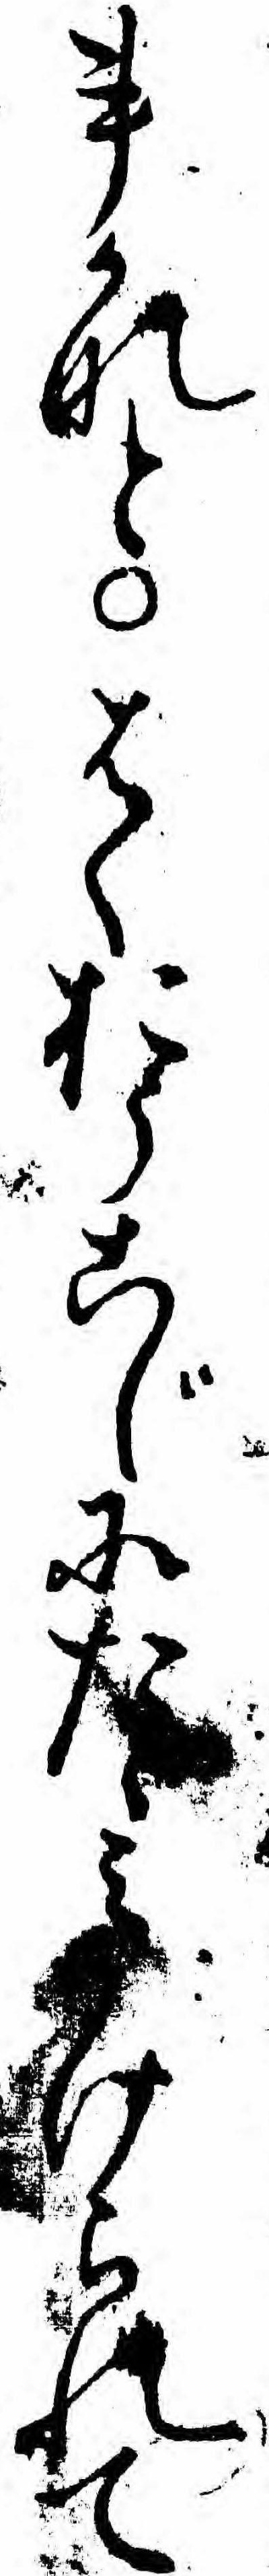
事かなとはくおうこじにたゝミかけられて